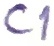
Text: C1